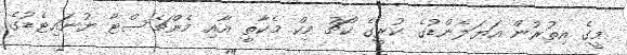
މީގެ އިތުރުން އަޔަލެންޑުގެ ކުރީގެ ކޯޗު މިކް މެކާތީ އާއި މެންޗެސްޓާ ޔުނައިޓެޑުގެ